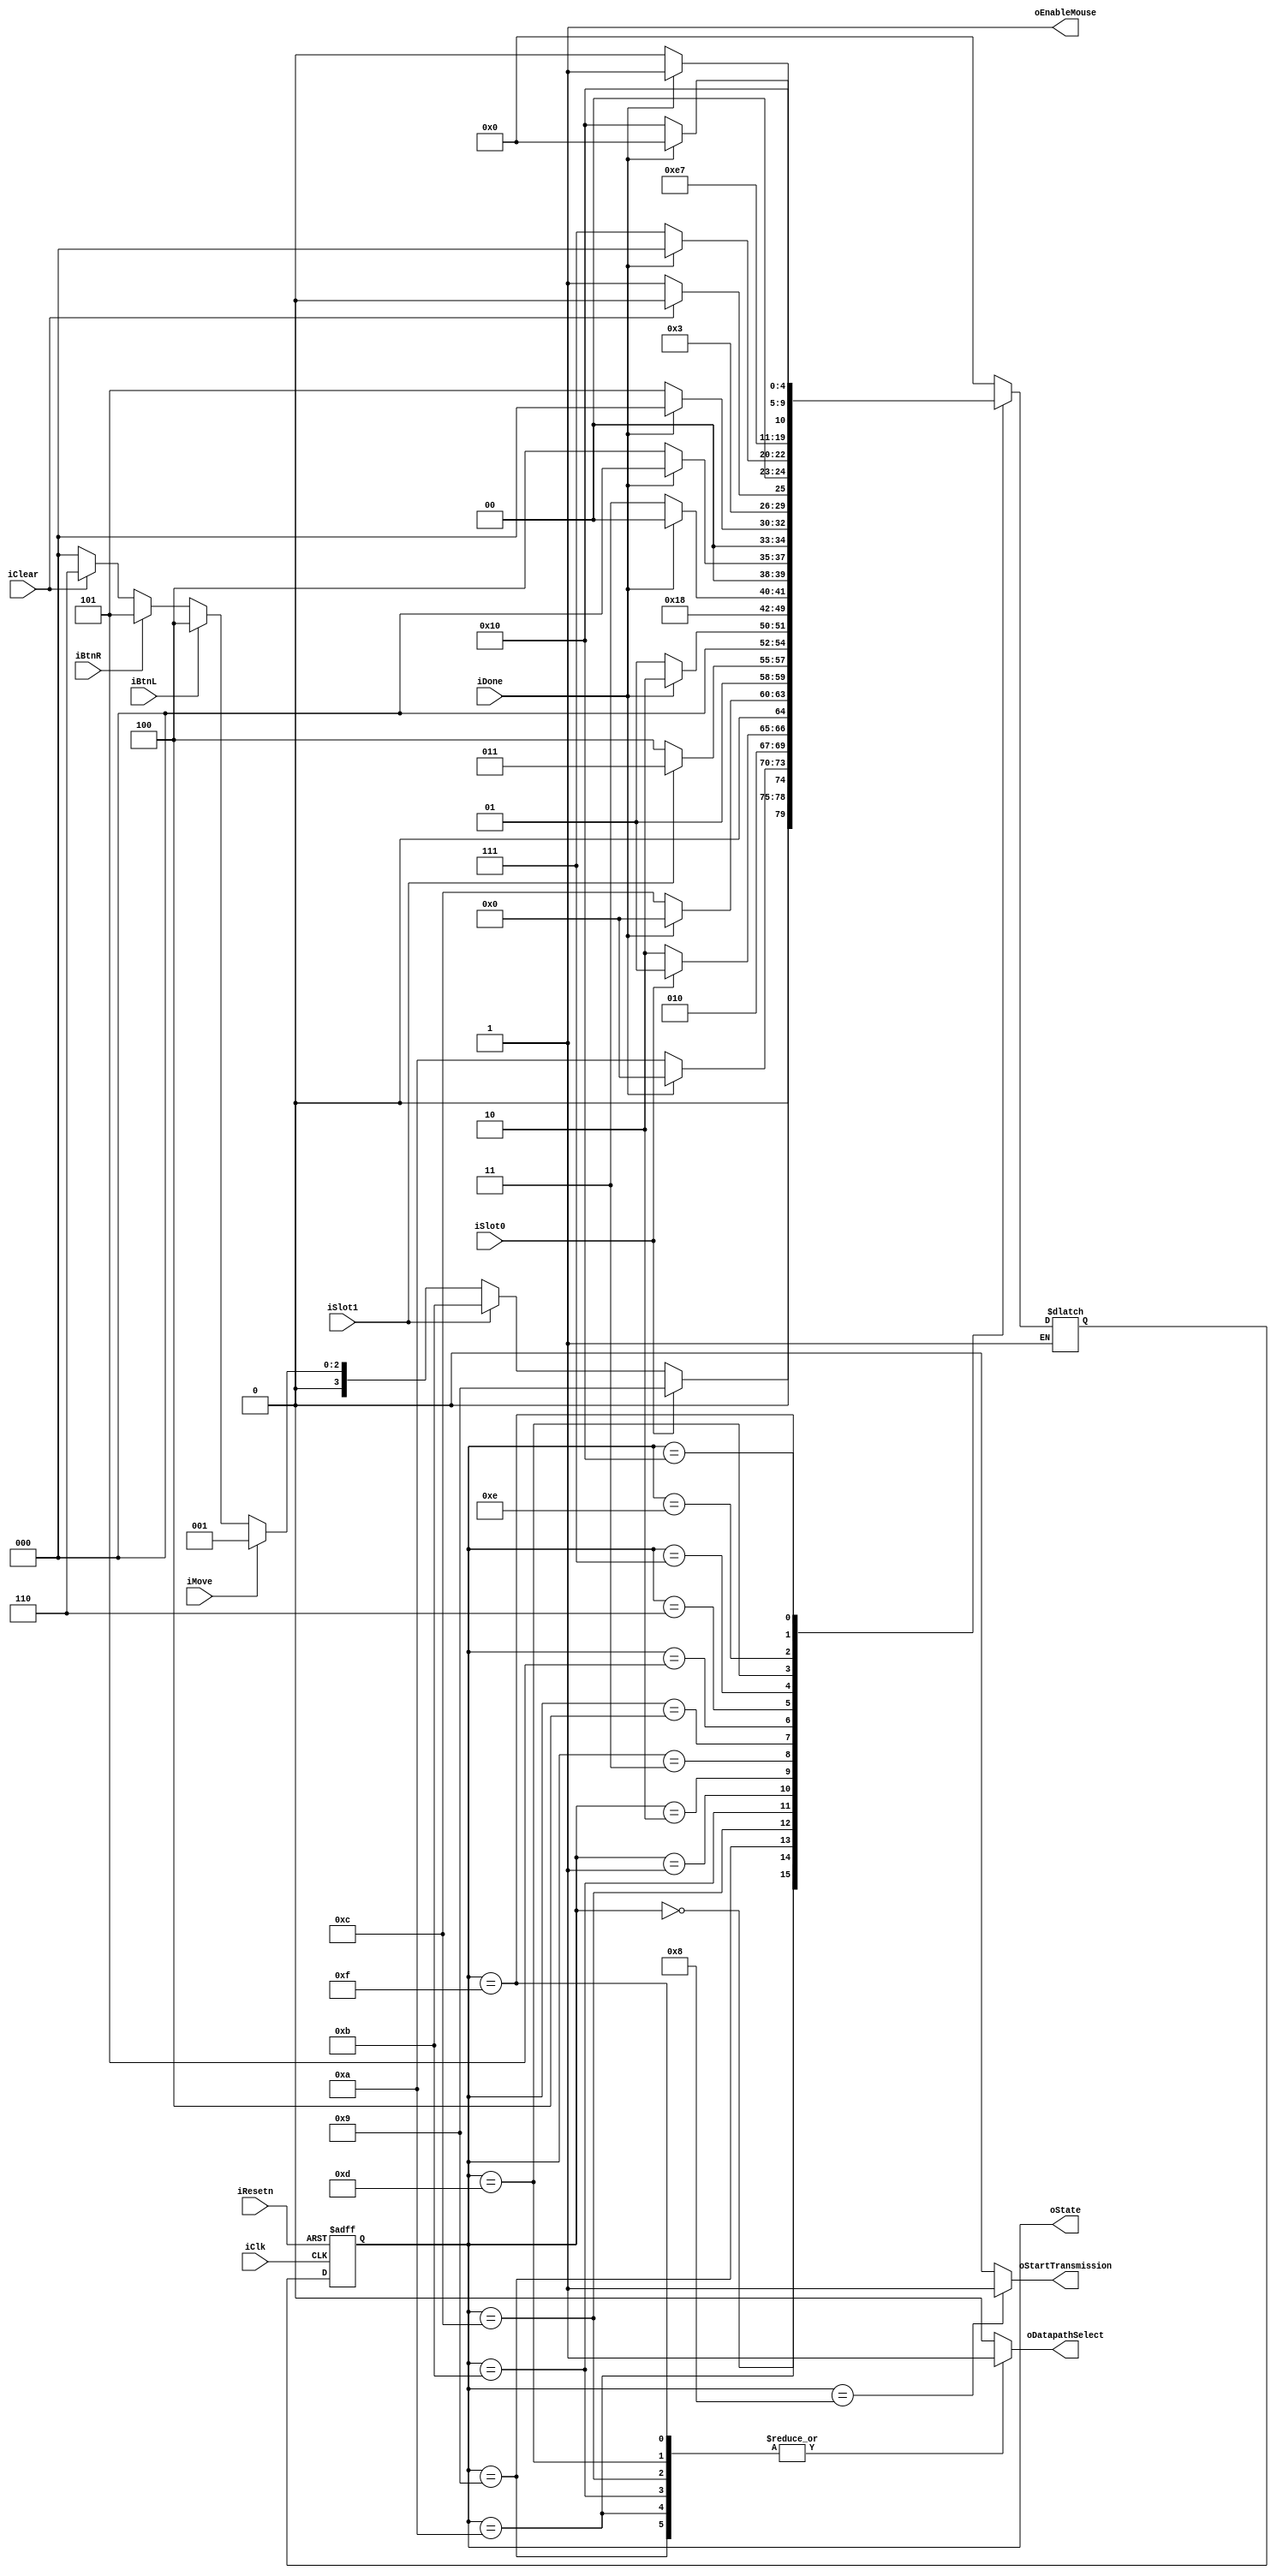
`timescale 1 ns / 1ns

module drawingControlPath(
	iResetn, 				// FSM reset
	iClk, 					// Source clock
	iBtnL, 					// Asserted if LMB pressed
	iBtnR, 					// Asserted if RMB pressed
	iDone, 					// Signal from datapath indicating process is complete
	iClear, 					// Signal from user to clear screen
	iMove, 					// Signal from datapath indicating mouse movement detected
	oState, 					// Output current state
	oEnableMouse, 			// Signal asserted to enable (1) or disable (0) mouse streaming
	oStartTransmission, 	// Signal asserted to initiate host-to-mouse communication
	
	//j Memory signals
	iSlot0, //asserted when we load slot 0
	iSlot1, //load when we slot 1
	oDatapathSelect
	);
	// Inputs
	input wire iResetn, iClk, iBtnL, iBtnR, iDone, iClear, iMove;
	
	// Output
	output wire [4:0] oState;
	output reg oEnableMouse, oStartTransmission, oDatapathSelect;
	
	// Regs
	reg [4:0] cur_state, nex_state;
	// memory
	input wire iSlot1, iSlot0; 
	// States 
	localparam IDLE            = 5'd0,
				  MOVE 			= 5'd1,
				  WAIT 			= 5'd2,
				  CLEAN 			= 5'd3,
				  DRAW 			= 5'd4,
				  ERASE 			= 5'd5,
				  CLEAR_WAIT 	= 5'd6,
				  CLEAR 			= 5'd7,
				  RESET_MOUSE 	= 5'd8,
				  CHANGE_STATE0 = 5'd9,
				  CHANGE_STATE0_LOAD = 5'd10,
				  CHANGE_STATE1 = 5'd11,
				  CHANGE_STATE1_LOAD = 5'd12,
				  CLEAR_RESET_WAIT0 = 5'd13,
				  CLEAR_RESET_SLOT0 = 5'd14,
				  CLEAR_RESET_WAIT1 = 5'd15,
				  CLEAR_RESET_SLOT1 = 5'd16;
	  
   // Steps to trigger enable/disable of mouse:
	// 1. Have a buffer state before the state you want the mouse enabled/disabled
	// 2. In the buffer state, set the transmission signal high and the according command
	// 3. Transition to the desired state. In the state, set the transmission signal low.
				  
	// Next state logic
	always@(*)
		begin: state_table
			case (cur_state)
				IDLE: 
					begin
						// Order of priority in idle state: load, move, draw, erase, clear
						if (iSlot0) nex_state = CHANGE_STATE0; //j added load states to the top as i think you should prioritize this over mouse when loading
            		else if (iSlot1) nex_state = CHANGE_STATE1;
						else if (iMove) nex_state = MOVE;

						else if (iBtnL) nex_state = DRAW;
						else if (iBtnR) nex_state = ERASE;
						else if (iClear) nex_state = CLEAR_WAIT;
						else nex_state = IDLE;
					end
					
				// These states involved outputting to VGA
				// Change state only when task is completed
				CHANGE_STATE0_LOAD: begin
					if(iDone) begin
						nex_state = IDLE;
					end
					else if (!iDone)begin
						nex_state = CHANGE_STATE0_LOAD;
					end					
				end
				//j memory states
				CHANGE_STATE0: begin 
					if(!iSlot0)begin
						nex_state = CHANGE_STATE0_LOAD;
					end
					else if(iSlot0)begin
						nex_state = CHANGE_STATE0;
						
					end
				end
				CHANGE_STATE1_LOAD: begin
					if(iDone) begin
						nex_state = IDLE;
					end
					else if(!iDone)begin
						nex_state = CHANGE_STATE1_LOAD;
					end
				end
				CHANGE_STATE1: begin
					if(!iSlot1)begin
						nex_state = CHANGE_STATE1_LOAD;
					end
					else if(iSlot1)begin
						nex_state = CHANGE_STATE1;
						
					end
				end
				MOVE:
					begin
						if (iDone) nex_state = WAIT;
						else nex_state = MOVE;
					end
				// State for setting delay of animation (can delay to be in sync with monitor
				WAIT: nex_state = CLEAN;
				// Cleans the previous fragments from animation	
				CLEAN:
					begin
						if (iDone) nex_state = IDLE;
						else nex_state = CLEAN;
					end
					
					
				DRAW:
					begin
						if (iDone) nex_state = IDLE;
						else nex_state = DRAW;
					end
					
				ERASE:
					begin
						if (iDone) nex_state = IDLE;
						else nex_state = ERASE;
					end
				
				// Wait for release of key to clear
				CLEAR_WAIT:
					begin
						if (!iClear) nex_state = CLEAR;
						else nex_state = CLEAR_WAIT;
					end
				CLEAR:
					begin
						if (iDone) nex_state = IDLE;
						else nex_state = CLEAR;
					end
				// After reset of mouse, always go to IDLE state
				RESET_MOUSE: nex_state = IDLE;
				
				CLEAR_RESET_WAIT0: nex_state = CLEAR_RESET_SLOT0;
				CLEAR_RESET_SLOT0:
					begin
						if (iDone) nex_state = CLEAR_RESET_WAIT1;
						else nex_state = CLEAR_RESET_SLOT0;
					end
				CLEAR_RESET_WAIT1: nex_state = CLEAR_RESET_SLOT1;
				CLEAR_RESET_SLOT1:
					begin
						if (iDone) nex_state = IDLE;
						else nex_state = CLEAR_RESET_SLOT1;
					end
				
				// Should default to idle state
				default: nex_state = IDLE;
			endcase
		end
		
	// Output signal logic
	always@(*)
		begin
			// Default signal values
			oStartTransmission = 0;
			oEnableMouse = 1;
			oDatapathSelect = 0;

			case (cur_state)				
				// Send signal to disable mouse before clearing screen (currently disabled)
				/*CLEAR_WAIT:
					begin
						oStartTransmission = 1;
						oEnableMouse = 0;
					end
				*/
				// Send signal to enable mouse
				RESET_MOUSE:
					begin
						oStartTransmission = 1;
						oEnableMouse = 1;
					end
				// Datapath to use signals from should be memory datapath
				CHANGE_STATE0: begin
					oDatapathSelect = 1;
				end
				CHANGE_STATE0_LOAD:begin
					 oDatapathSelect = 1;
				end
				CHANGE_STATE1: 
					begin
						oDatapathSelect = 1;
					end
				CHANGE_STATE1_LOAD:
					begin
						oDatapathSelect = 1;
					end
				CLEAR_RESET_WAIT0: oDatapathSelect = 1;
				CLEAR_RESET_WAIT1: oDatapathSelect = 1;
			endcase
		end
		
	// Current state register
	always@(posedge iClk, negedge iResetn)
		begin
			// Maybe change reset to clearing screen
			if(!iResetn) cur_state <=  CLEAR_RESET_WAIT0; // Forces reset on mouse before entering idle state
			else cur_state <= nex_state;
		end
		
	assign oState = cur_state;
endmodule